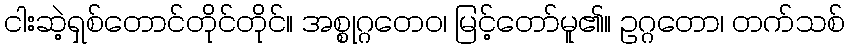
ငါးဆဲ့ရှစ်တောင်တိုင်တိုင်။ အစ္စုဂ္ဂတေဝ၊ မြင့်တော်မူ၏။ ဥဂ္ဂတော၊ တက်သစ်